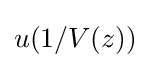
{\textstyle u(1/V(z))}